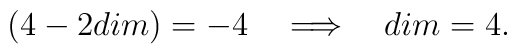
(4 -2 dim) = -4 \quad \Longrightarrow \quad dim = 4.